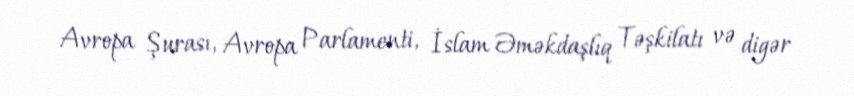
Avropa Şurası, Avropa Parlamenti, İslam Əməkdaşlıq Təşkilatı və digər